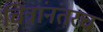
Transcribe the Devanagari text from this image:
चित्रांनंतरच